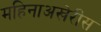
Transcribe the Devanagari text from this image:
महिनाअखेरीस